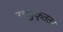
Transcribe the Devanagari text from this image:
उपयुक्ततर